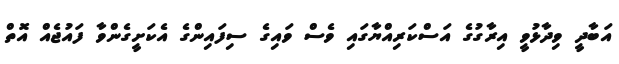
އަބާދީ ވިދާޅުވީ އިރާގުގެ އަސްކަރިއްޔާގައި ވެސް ވައިގެ ސިފައިންގެ އެކަށީގެންވާ ފައުޖެއް އޮތް